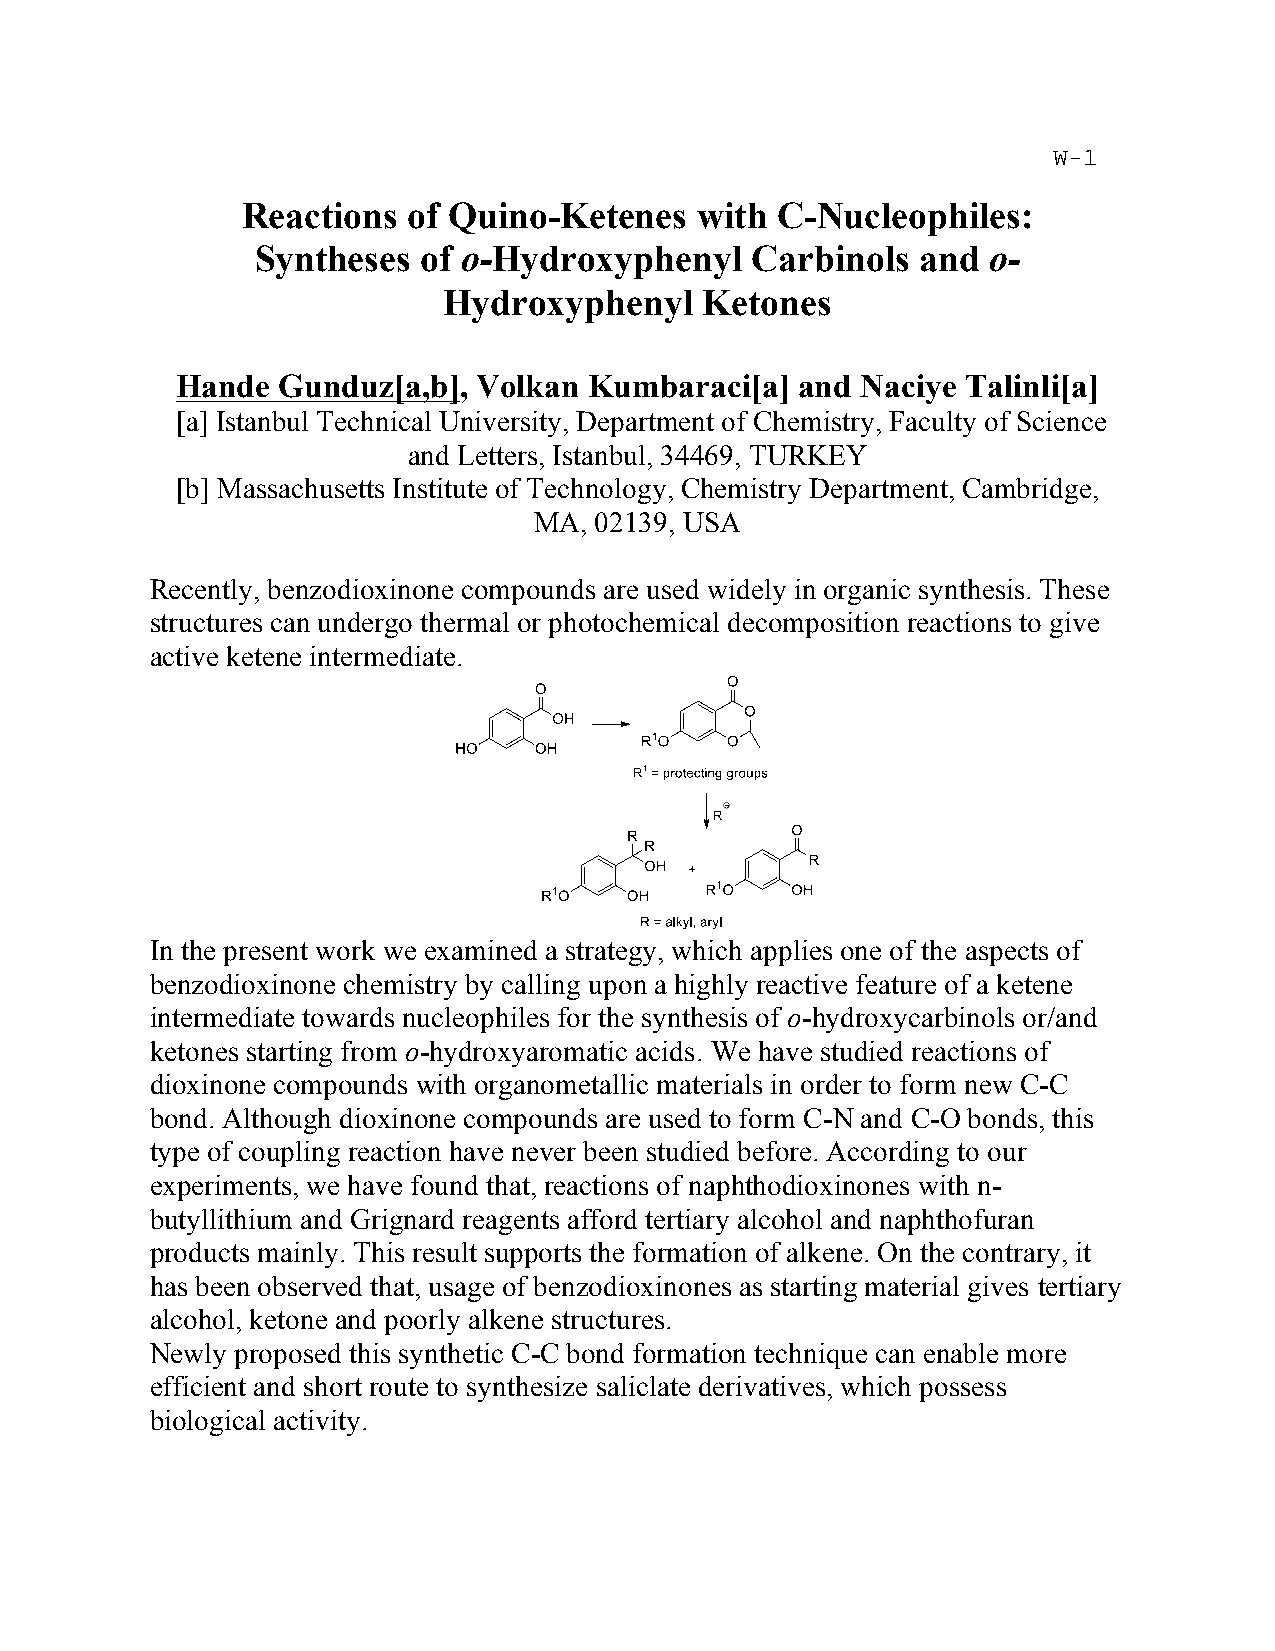
Reactions  of Quino-Ketenes   with C-Nucleophiles:
 Syntheses  of o-Hydroxyphenyl    Carbinols  and o-
 Hydroxyphenyl     Ketones
 Hande Gunduz[a,b],  Volkan Kumbaraci[a]  and Naciye Talinli[a]
 [a] Istanbul Technical University, Department of Chemistry, Faculty of Science
 and Letters, Istanbul, 34469, TURKEY
 [b] Massachusetts Institute of Technology, Chemistry Department, Cambridge,
 MA, 02139, USA
 Recently, benzodioxinone compounds are used widely in organic synthesis. These
 structures can undergo thermal or photochemical decomposition reactions to give
 active ketene intermediate.
 In the present work we examined a strategy, which applies one of the aspects of
 benzodioxinone chemistry by calling upon a highly reactive feature of a ketene
 intermediate towards nucleophiles for the synthesis of o-hydroxycarbinols or/and
 ketones starting from o-hydroxyaromatic acids. We have studied reactions of
 dioxinone compounds with organometallic materials in order to form new C-C
 bond. Although dioxinone compounds are used to form C-N and C-O bonds, this
 type of coupling reaction have never been studied before. According to our
 experiments, we have found that, reactions of naphthodioxinones with n-
 butyllithium and Grignard reagents afford tertiary alcohol and naphthofuran
 products mainly. This result supports the formation of alkene. On the contrary, it
 has been observed that, usage of benzodioxinones as starting material gives tertiary
 alcohol, ketone and poorly alkene structures.
 Newly proposed this synthetic C-C bond formation technique can enable more
 efficient and short route to synthesize saliclate derivatives, which possess
 biological activity.